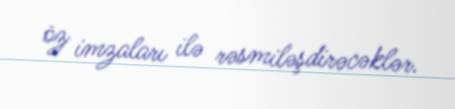
öz imzaları ilə rəsmiləşdirəcəklər.